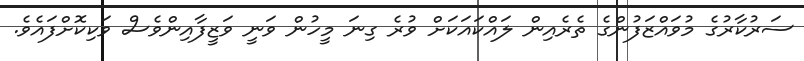
ސަރުކާރުގެ މުވައްޒަފުންގެ ތެރެއިން ލައްކައަކަށް ވުރެ ގިނަ މީހުން ވަނީ ވަޒީފާއިންވެސް ވަކިކޮށްފައެވެ.